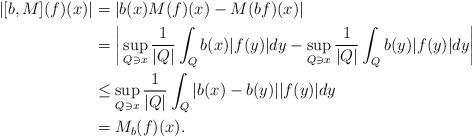
LaTeX: \begin{align*} |[b,M](f)(x)|&=|b(x)M(f)(x)-M(bf)(x)|\\ & =\bigg|\sup_{Q\ni{x}} \frac1{|Q|} \int_Q b(x)|f(y)|dy -\sup_{Q\ni{x}} \frac1{|Q|} \int_Q b(y)|f(y)|dy\bigg|\\ & \le \sup_{Q\ni{x}} \frac1{|Q|} \int_Q |b(x)-b(y)||f(y)|dy\\ & = M_b(f)(x).\end{align*}